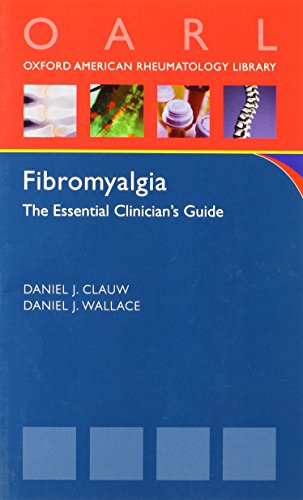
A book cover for Fibromyalgia (Oxford American Respiratory Library); Daniel Clauw; Health, Fitness & Dieting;